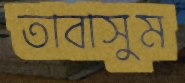
তাবাসুম